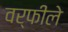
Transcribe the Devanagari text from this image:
वर्फीले